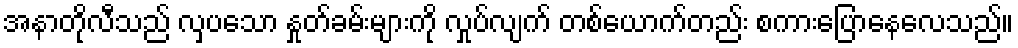
အနာတိုလီသည် လှပသော နှုတ်ခမ်းများကို လှုပ်လျက် တစ်ယောက်တည်း စကားပြောနေလေသည်။